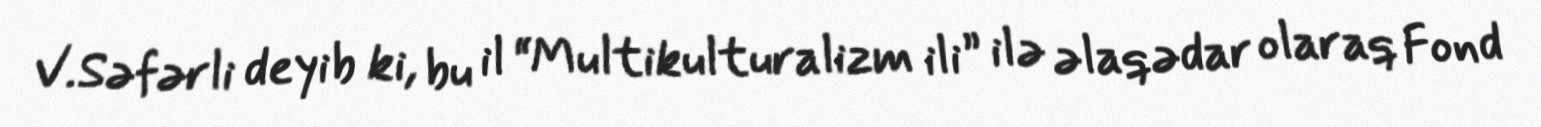
V.Səfərli deyib ki, bu il “Multikulturalizm ili” ilə əlaqədar olaraq Fond